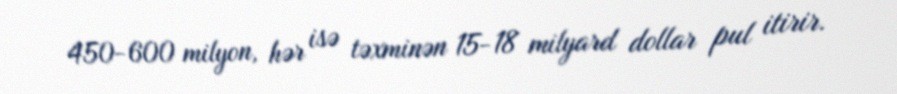
450-600 milyon, hər isə təxminən 15-18 milyard dollar pul itirir.